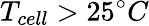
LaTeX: T_{cell}>25^{\circ}C